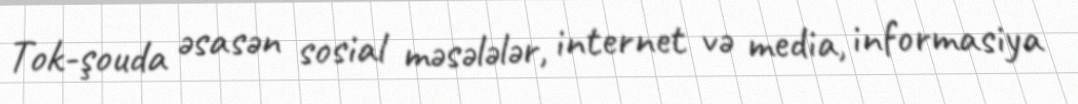
Tok-şouda əsasən sosial məsələlər, internet və media, informasiya